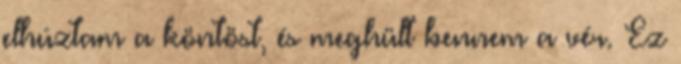
elhúztam a köntöst, és meghült bennem a vér. Ez